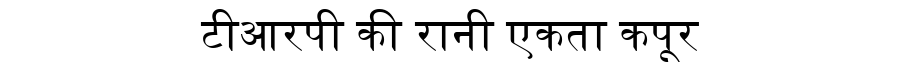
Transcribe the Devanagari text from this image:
टीआरपी की रानी एकता कपूर